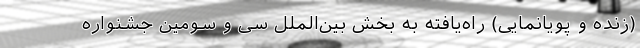
(زنده و پویانمایی) راه‌یافته به بخش بین‌الملل سی و سومین جشنواره